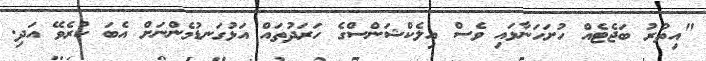
"އިތުރު ބަޖެޓެއް ހުށަހަނާޅައި ވެސް އިލެކްޝަންސްގެ ހަރަދުތައް އަޅުގަނޑުމެންނަށް އެބަ ކުރެވޭ އަދި.